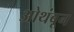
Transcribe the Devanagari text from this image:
ओथंबून